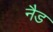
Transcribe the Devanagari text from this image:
नैड